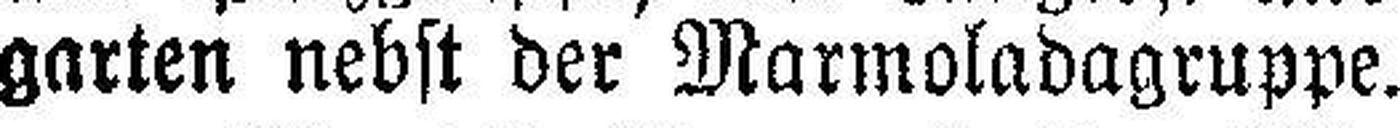
garten nebst der Marmoladagruppe.